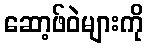
ဆော့ဖ်ဝဲများကို